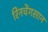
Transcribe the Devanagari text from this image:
रिनचेंगसान